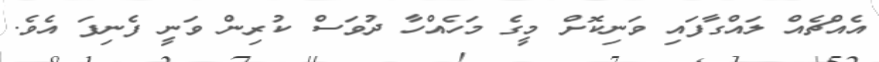
އެއްޗެއް ލައްގާފައި ވަނިކޮށް މީގެ މަހެއްހާ ދުވަސް ކުރިން ވަނީ ފެނިފަ އެވެ.